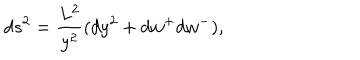
LaTeX: d s ^ { 2 } = \frac { L ^ { 2 } } { y ^ { 2 } } ( d y ^ { 2 } + d w ^ { + } d w ^ { - } ) ,